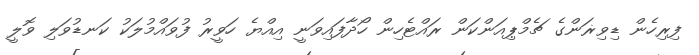
ފިރިހެން ޑިވިޜަންގެ ޗެމްޕިއަންކަން ރައްޓެހިން ހޯދާފައިވަނީ އިއްޔެ ހަވީރު ފުވައްމުލަކު ކަނޑުވަލި ވޮލީ